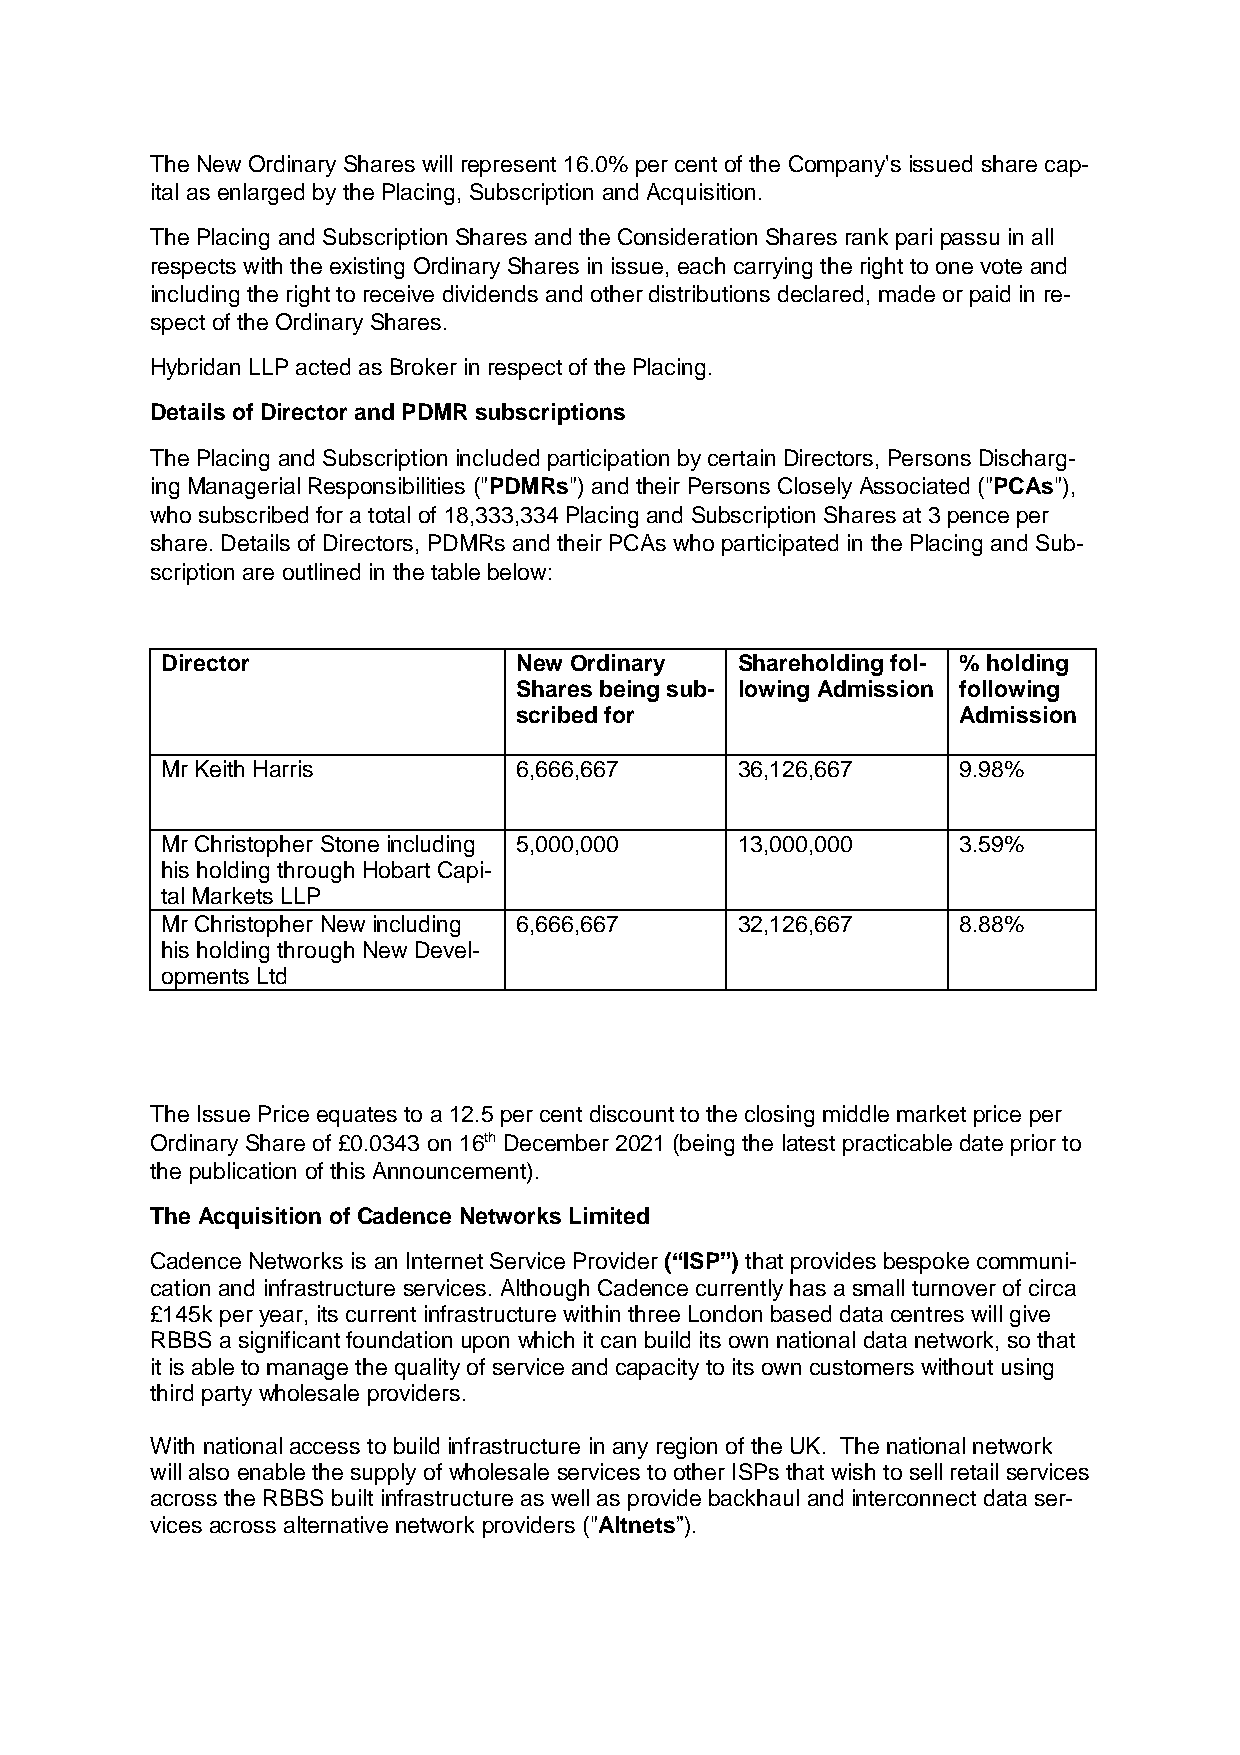
The New Ordinary Shares will represent 16.0% per cent of the Company's issued share cap-
 ital as enlarged by the Placing, Subscription and Acquisition.
 The Placing and Subscription Shares and the Consideration Shares rank pari passu in all
 respects with the existing Ordinary Shares in issue, each carrying the right to one vote and
 including the right to receive dividends and other distributions declared, made or paid in re-
 spect of the Ordinary Shares.
 Hybridan LLP acted as Broker in respect of the Placing.
 Details of Director and PDMR subscriptions
 The Placing and Subscription included participation by certain Directors, Persons Discharg-
 ing Managerial Responsibilities ("PDMRs") and their Persons Closely Associated ("PCAs"),
 who subscribed for a total of 18,333,334 Placing and Subscription Shares at 3 pence per
 share. Details of Directors, PDMRs and their PCAs who participated in the Placing and Sub-
 scription are outlined in the table below:
 Director               New Ordinary   Shareholding fol- % holding
 Shares being sub- lowing Admission following
 scribed for                  Admission
 Mr Keith Harris        6,666,667      36,126,667    9.98%
 Mr Christopher Stone including 5,000,000 13,000,000 3.59%
 his holding through Hobart Capi-
 tal Markets LLP
 Mr Christopher New including 6,666,667 32,126,667   8.88%
 his holding through New Devel-
 opments Ltd
 The Issue Price equates to a 12.5 per cent discount to the closing middle market price per
 Ordinary Share of £0.0343 on 16th December 2021 (being the latest practicable date prior to
 the publication of this Announcement).
 The Acquisition of Cadence Networks Limited
 Cadence Networks is an Internet Service Provider (“ISP”) that provides bespoke communi-
 cation and infrastructure services. Although Cadence currently has a small turnover of circa
 £145k per year, its current infrastructure within three London based data centres will give
 RBBS a significant foundation upon which it can build its own national data network, so that
 it is able to manage the quality of service and capacity to its own customers without using
 third party wholesale providers.
 With national access to build infrastructure in any region of the UK. The national network
 will also enable the supply of wholesale services to other ISPs that wish to sell retail services
 across the RBBS built infrastructure as well as provide backhaul and interconnect data ser-
 vices across alternative network providers ("Altnets”).